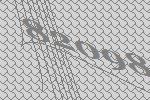
82098